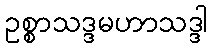
ဥစ္စာသဒ္ဒမဟာသဒ္ဒါ